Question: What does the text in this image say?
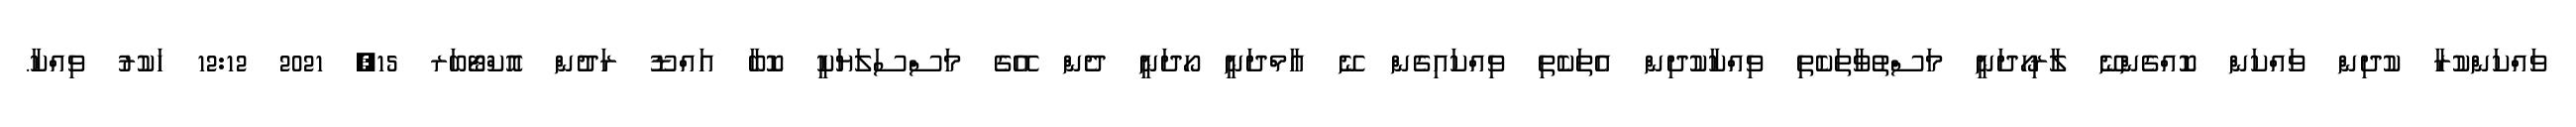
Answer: ވައްކަންކުރާ ކުދިން ވައްކަން ކޮއްގެންނޭ ލާރިހޯދަނީ މަސްތުވާތަކެތި ވިއްކާކުދިން އެތަކެތި ވިއްކައިގެން ނޭ އާމްދަނީ ހޯދަނީ ދެން އޭގެ މަސްސަލަޔަކީ ކޮބާ އައްޑޫ ރަދުން އޮކްޓޯބަރ 15, 2021 12:12 ހަކުރު ވިއްކާ.